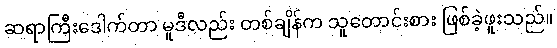
ဆရာကြီးဒေါက်တာ မူဒီလည်း တစ်ချိန်က သူတောင်းစား ဖြစ်ခဲ့ဖူးသည်။